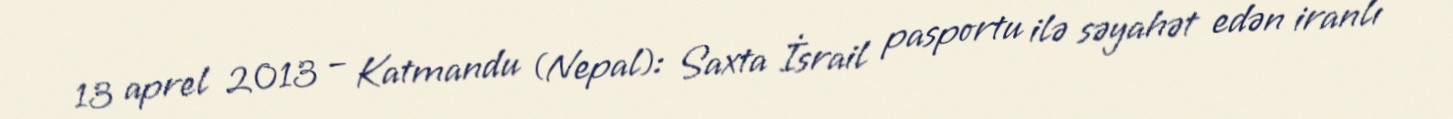
13 aprel 2013 – Katmandu (Nepal): Saxta İsrail pasportu ilə səyahət edən iranlı